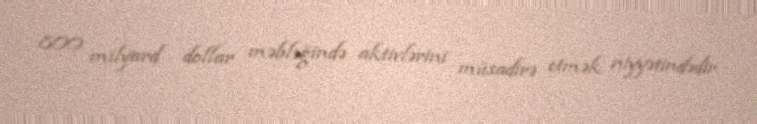
800 milyard dollar məbləğində aktivlərini müsadirə etmək niyyətindədir.